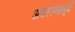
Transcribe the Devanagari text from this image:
अवतरण्यापूर्वी